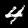
Digit: 4